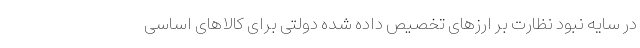
در سایه نبود نظارت بر ارزهای تخصیص داده شده دولتی برای کالاهای اساسی